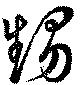
甥